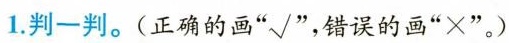
1.判一判。(正确的画”√”，错误的画”×”)